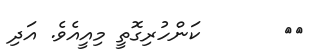
٥٥       ކަންހުރިގޮތީ މިއީއެވެ. އަދި